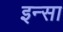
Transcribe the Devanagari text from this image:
इन्सा